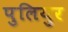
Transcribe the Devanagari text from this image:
पुलियुर